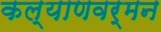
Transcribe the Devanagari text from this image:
कल्याणवर्मन